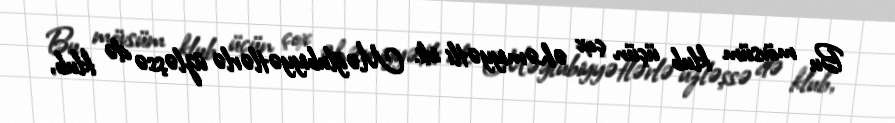
Bu mövsüm klub üçün çox əhəmiyyətli idi. Məğlubiyyətlərlə üzləşsə də klub,